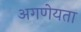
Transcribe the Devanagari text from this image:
अगणेयता